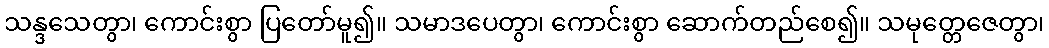
သန္ဒသေတွာ၊ ကောင်းစွာ ပြတော်မူ၍။ သမာဒပေတွာ၊ ကောင်းစွာ ဆောက်တည်စေ၍။ သမုတ္တေဇေတွာ၊